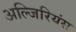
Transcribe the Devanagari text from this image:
अल्जिरियंस